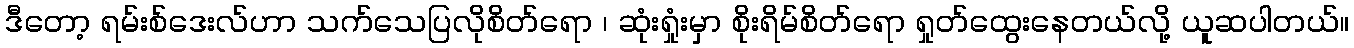
ဒီတော့ ရမ်းစ်ဒေးလ်ဟာ သက်သေပြလိုစိတ်ရော ၊ ဆုံးရှုံးမှာ စိုးရိမ်စိတ်ရော ရှုတ်ထွေးနေတယ်လို့ ယူဆပါတယ်။